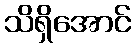
သိရှိအောင်